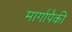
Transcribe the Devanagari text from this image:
मार्गापैकी